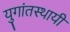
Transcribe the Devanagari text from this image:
युगांतस्थायी